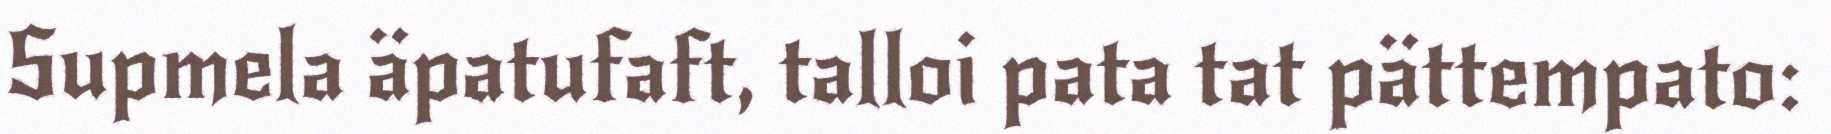
Supmela äpatufaft, talloi pata tat pättempato: